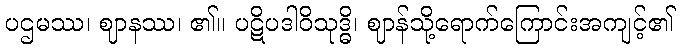
ပဌမဿ၊ ဈာနဿ၊ ၏။ ပဋိပဒါဝိသုဒ္ဓိ၊ ဈာန်သို့ရောက်ကြောင်းအကျင့်၏